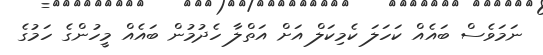
ނަމަވެސް ބައެއް ކަހަލަ ކެމިކަލް އަށް އަތްލާ ހެދުމުން ބައެއް މީހުންގެ ހަމުގެ